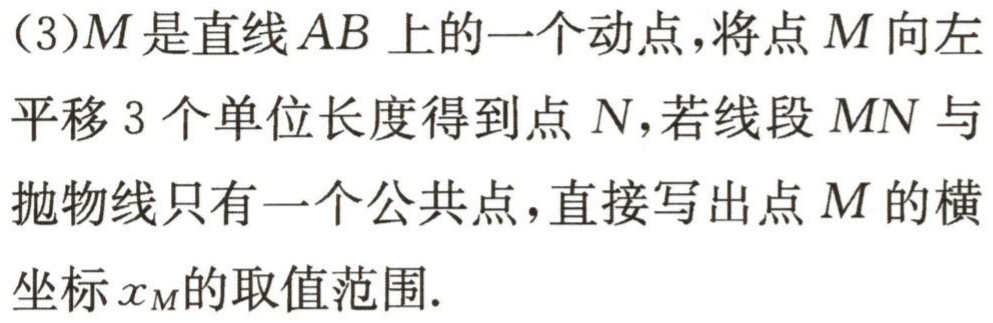
(3)$M$是直线$AB$上的一个动点，将点$M$向左平移$3$个单位长度得到点$N$，若线段$MN$与抛物线只有一个公共点，直接写出点$M$的横坐标$x_{M}$的取值范围.